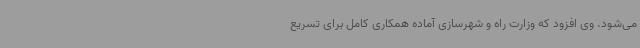
می‌شود. وی افزود که وزارت راه و شهرسازی آماده همکاری کامل برای تسریع